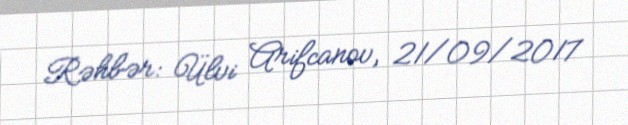
Rəhbər: Ülvi Arifcanov, 21/09/2017